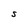
Character: S